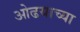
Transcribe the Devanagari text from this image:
ओढयाच्या